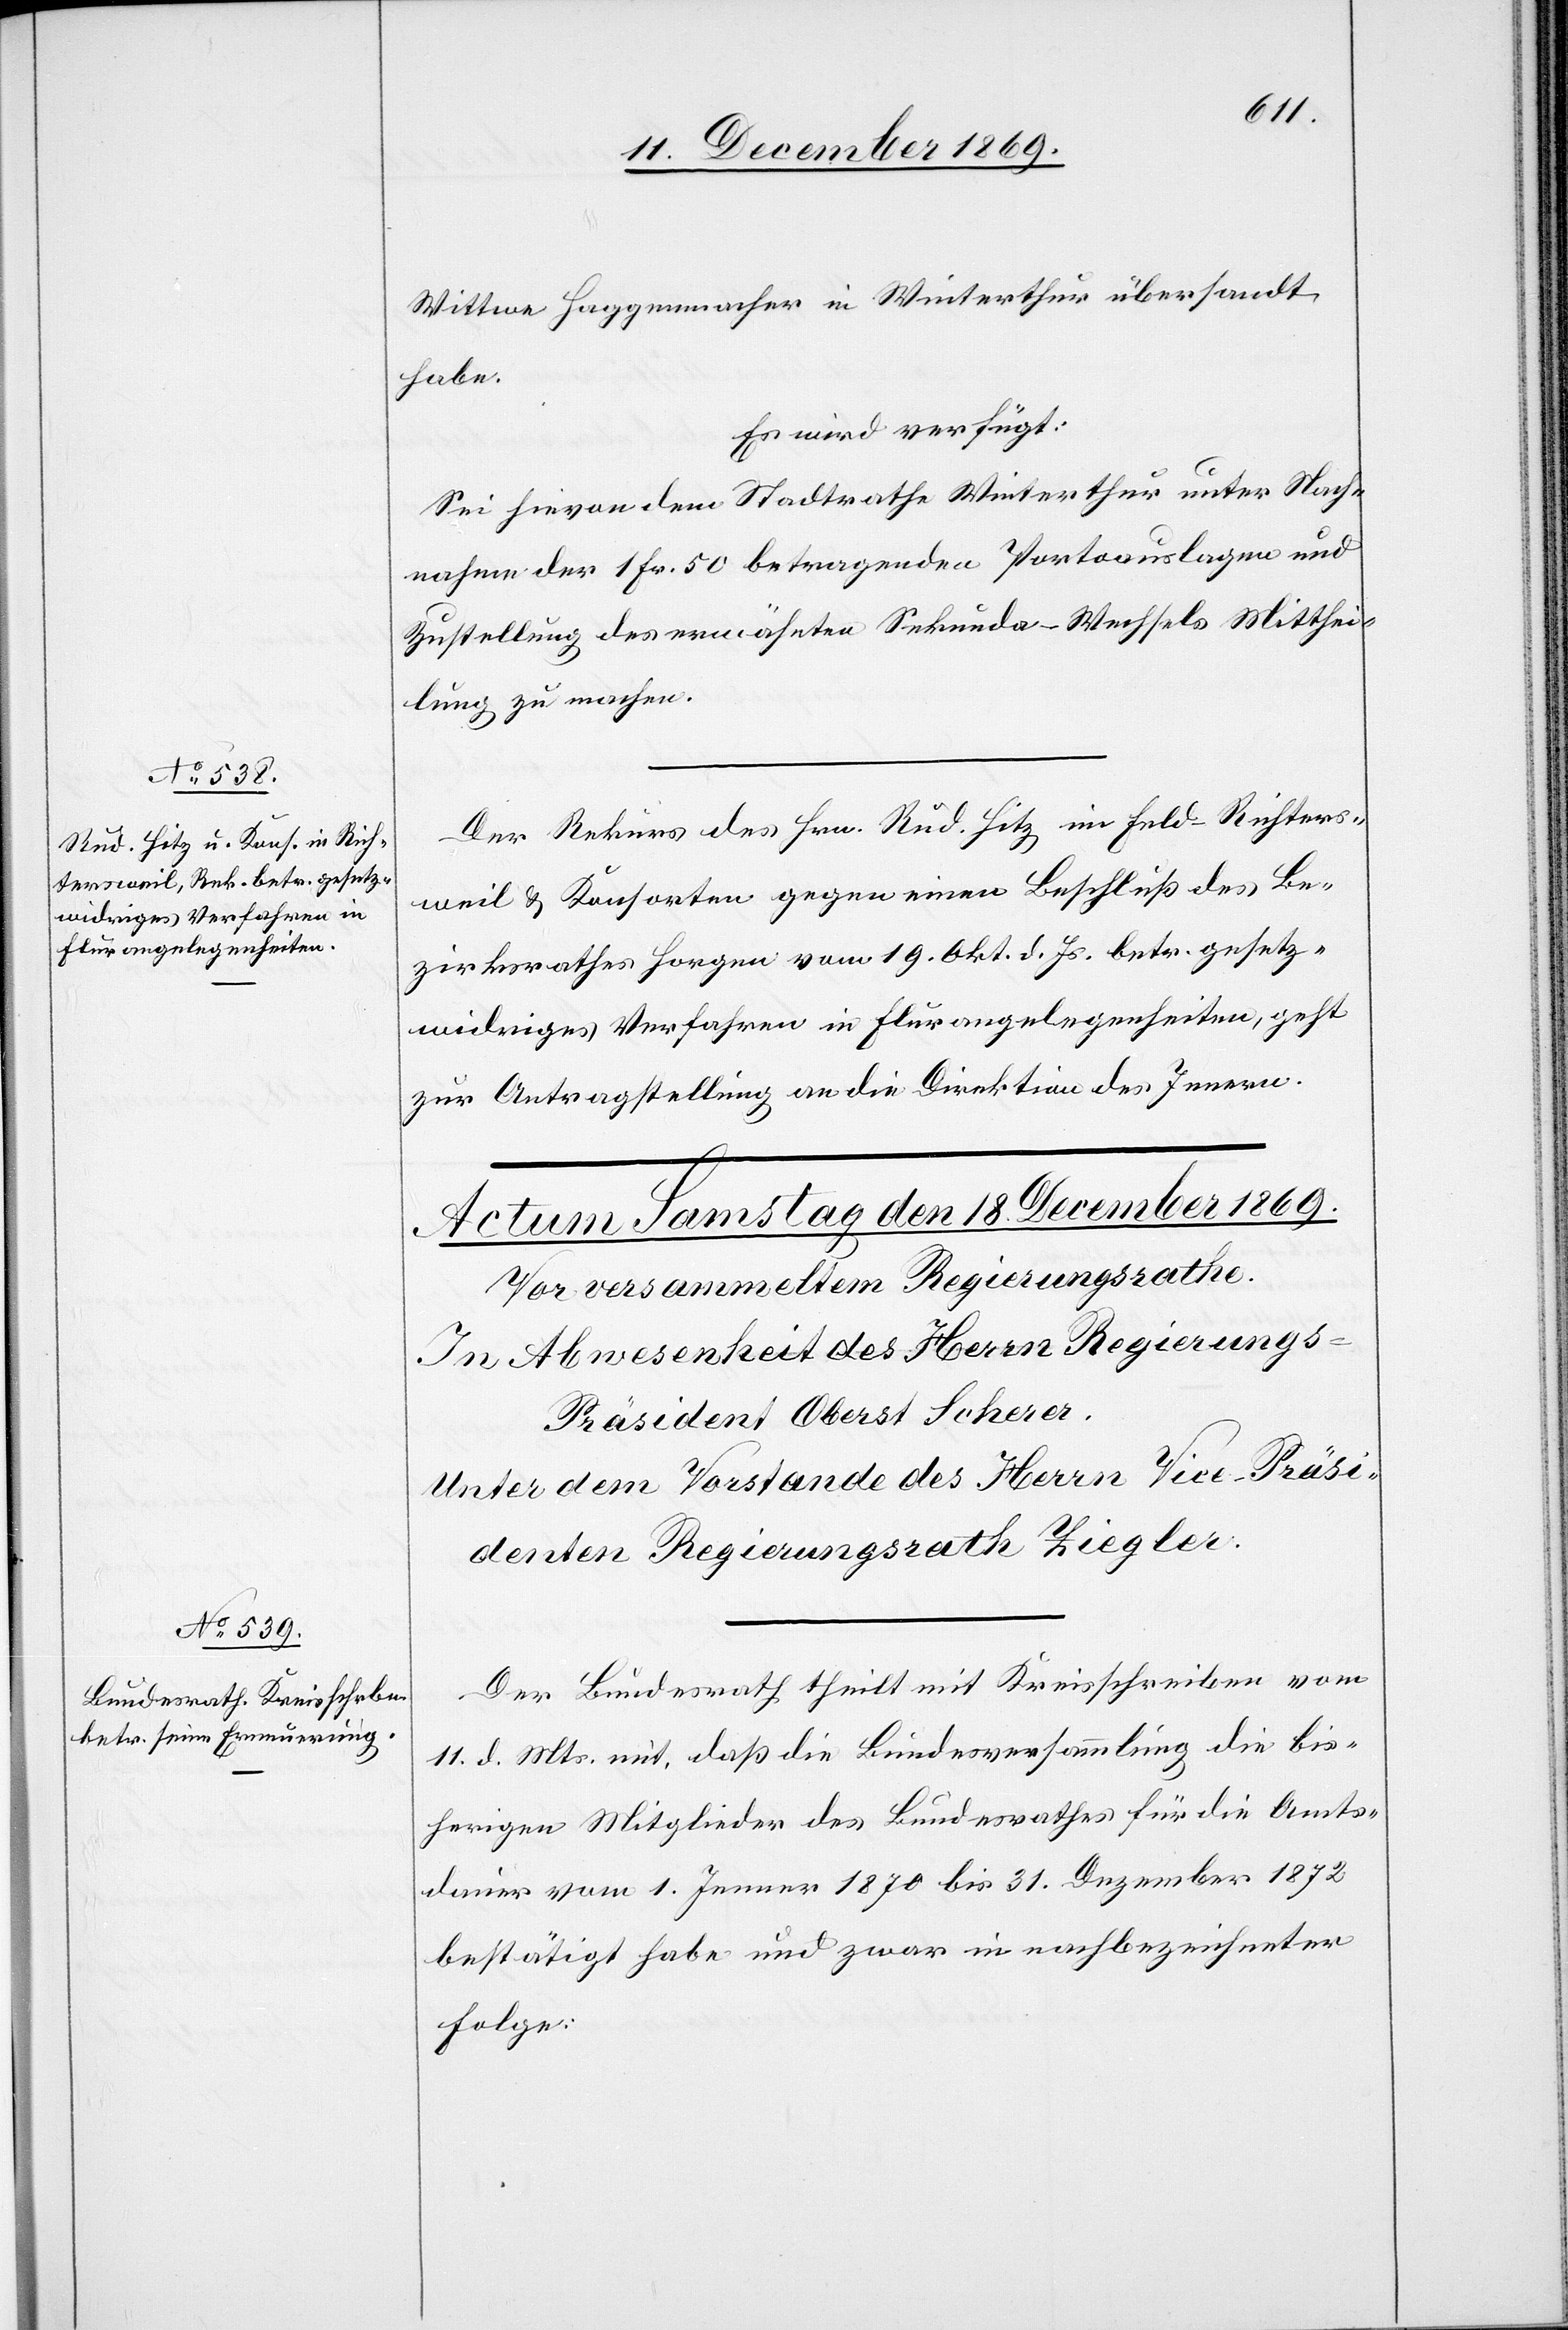
17. December 1869.]
Wittwe Haggenmacher in Winterthur übersandt
habe.
Es wird verfügt:
Sei hievon dem Stadtrathe Winterthur unter Nach¬
nahme der 1 Fr. 50 betragenden Portoauslagen und
Zustellung des erwähnten Sekunda-Wechsels Mitthei¬
lung zu machen.
Der Rekurs des Hrn. Rud. Hitz im Feld - Richters¬
weil & Konsorten gegen einen Beschluß des Be¬
zirksrathes Horgen vom 19. Okt. d. Js. betr. gesetz¬
widriges Verfahren in Flurangelegenheiten, geht
zur Antragstellung an die Direktion des Innern.
Der Bundesrath theilt mit Kreisschreiben vom
11. d. Mts. mit, daß die Bundesversammlung die bis¬
herigen Mitglieder des Bundesrathes für die Amts¬
dauer vom 1. Jenner 1870 bis 31. Dezember 1872
bestätigt habe und zwar in nachbezeichneter
Folge: